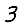
Digit: 3